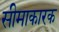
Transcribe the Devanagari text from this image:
सीमाकारक